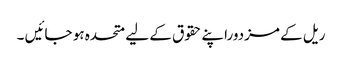
ریل کے مزدوراپنے حقوق کے لیے متحدہ ہو جائیں ۔